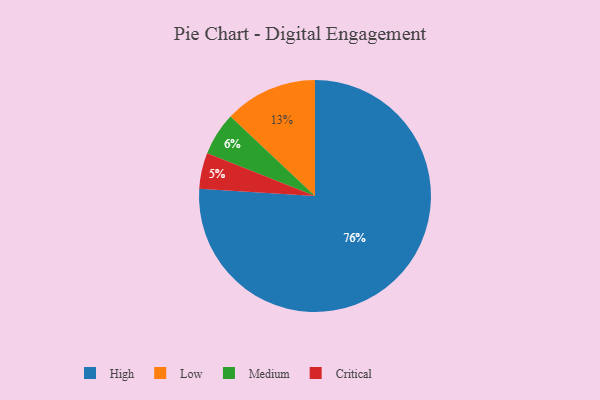
{"axis": {"x": "Category", "y": "Percentage"}, "legend": ["Critical", "High", "Low", "Medium"], "data": [{"x": "High", "y": 76, "type": "High"}, {"x": "Critical", "y": 5, "type": "Critical"}, {"x": "Low", "y": 13, "type": "Low"}, {"x": "Medium", "y": 6, "type": "Medium"}]}